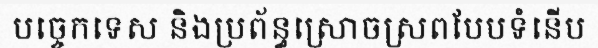
បច្ចេកទេស និងប្រព័ន្ធស្រោចស្រពបែបទំនើប